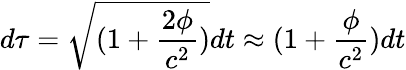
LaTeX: d\tau=\sqrt{(1+\frac{2\phi}{c^{2}})}dt\approx(1+\frac{\phi}{c^{2}})dt